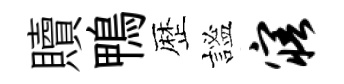
贖鴨歴謐寤